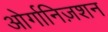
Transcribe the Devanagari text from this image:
ओर्गानिज़शन